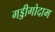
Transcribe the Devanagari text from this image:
गड्डीगोदाम